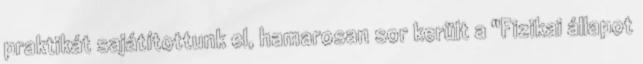
praktikát sajátítottunk el, hamarosan sor került a "Fizikai állapot